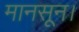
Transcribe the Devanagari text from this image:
मानसून।